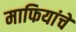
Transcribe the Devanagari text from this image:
माफियांचे